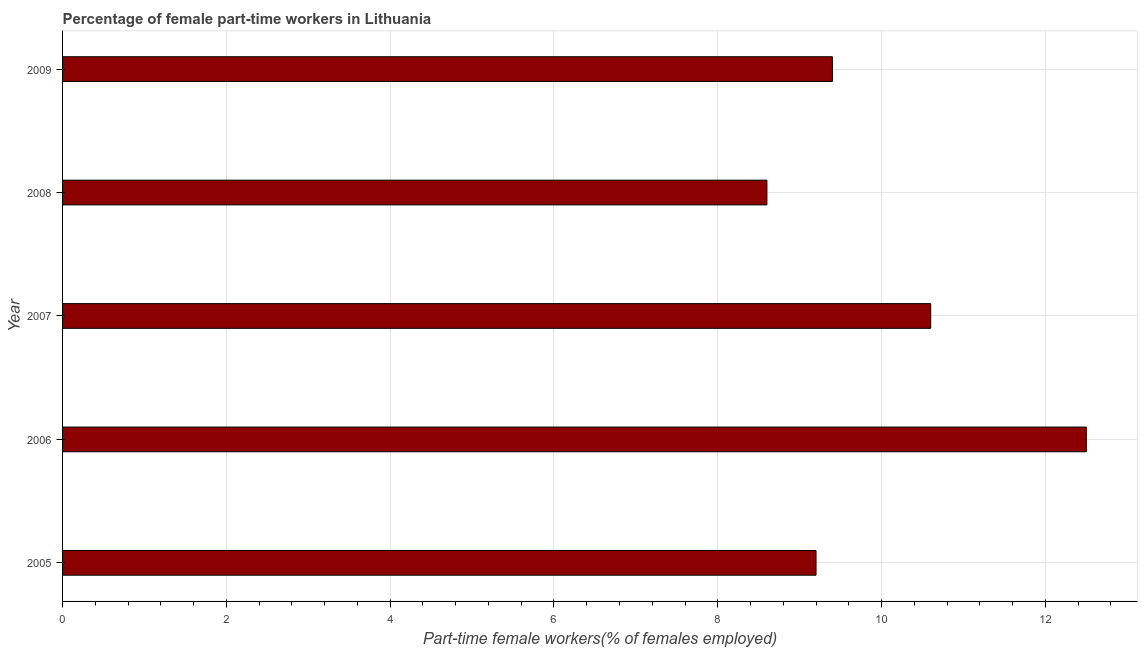
| Year | Part time employment |
 | --- | --- |
 | 2005 | 9.2 |
 | 2006 | 12.5 |
 | 2007 | 10.6 |
 | 2008 | 8.6 |
 | 2009 | 9.4 |